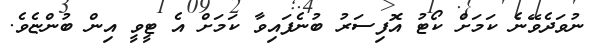
ނުވަދެވޭނެ ކަމަށް ކޯޓު އޮފިސަރު ބުނެފައިވާ ކަމަށް އެ ޓީވީ އިން ބުންޏެވެ.